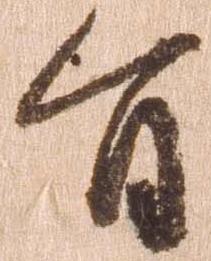
旨